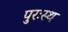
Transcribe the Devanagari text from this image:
पुरःस्थ